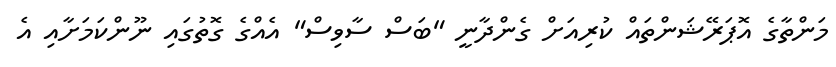
މަންތާގެ އޮޕަރޭޝަންތައް ކުރިއަށް ގެންދާނީ "ބަސް ސާވިސް" އެއްގެ ގޮތުގައި ނޫންކަމަށާއި އެ